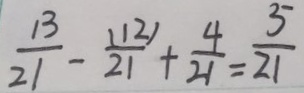
\frac { 1 3 } { 2 1 } - \frac { ( 1 2 ) } { 2 1 } + \frac { 4 } { 2 1 } = \frac { 5 } { 2 1 }